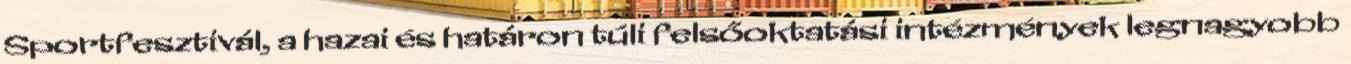
Sportfesztivál, a hazai és határon túli felsőoktatási intézmények legnagyobb